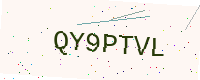
Text: QY9PTVL